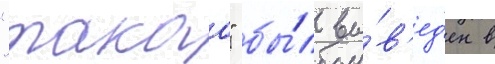
"такао" бы́л вы́в'ед'ен в